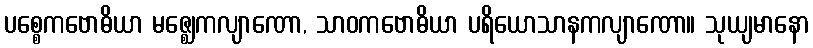
ပစ္စေကဗောဓိယာ မဇ္ဈေကလျာဏော, သာဝကဗောဓိယာ ပရိယောသာနကလျာဏော။ သုယျမာနော